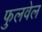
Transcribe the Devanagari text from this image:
फुलवेल